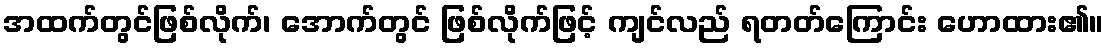
အထက်တွင်ဖြစ်လိုက်၊ အောက်တွင် ဖြစ်လိုက်ဖြင့် ကျင်လည် ရတတ်ကြောင်း ဟောထား၏။